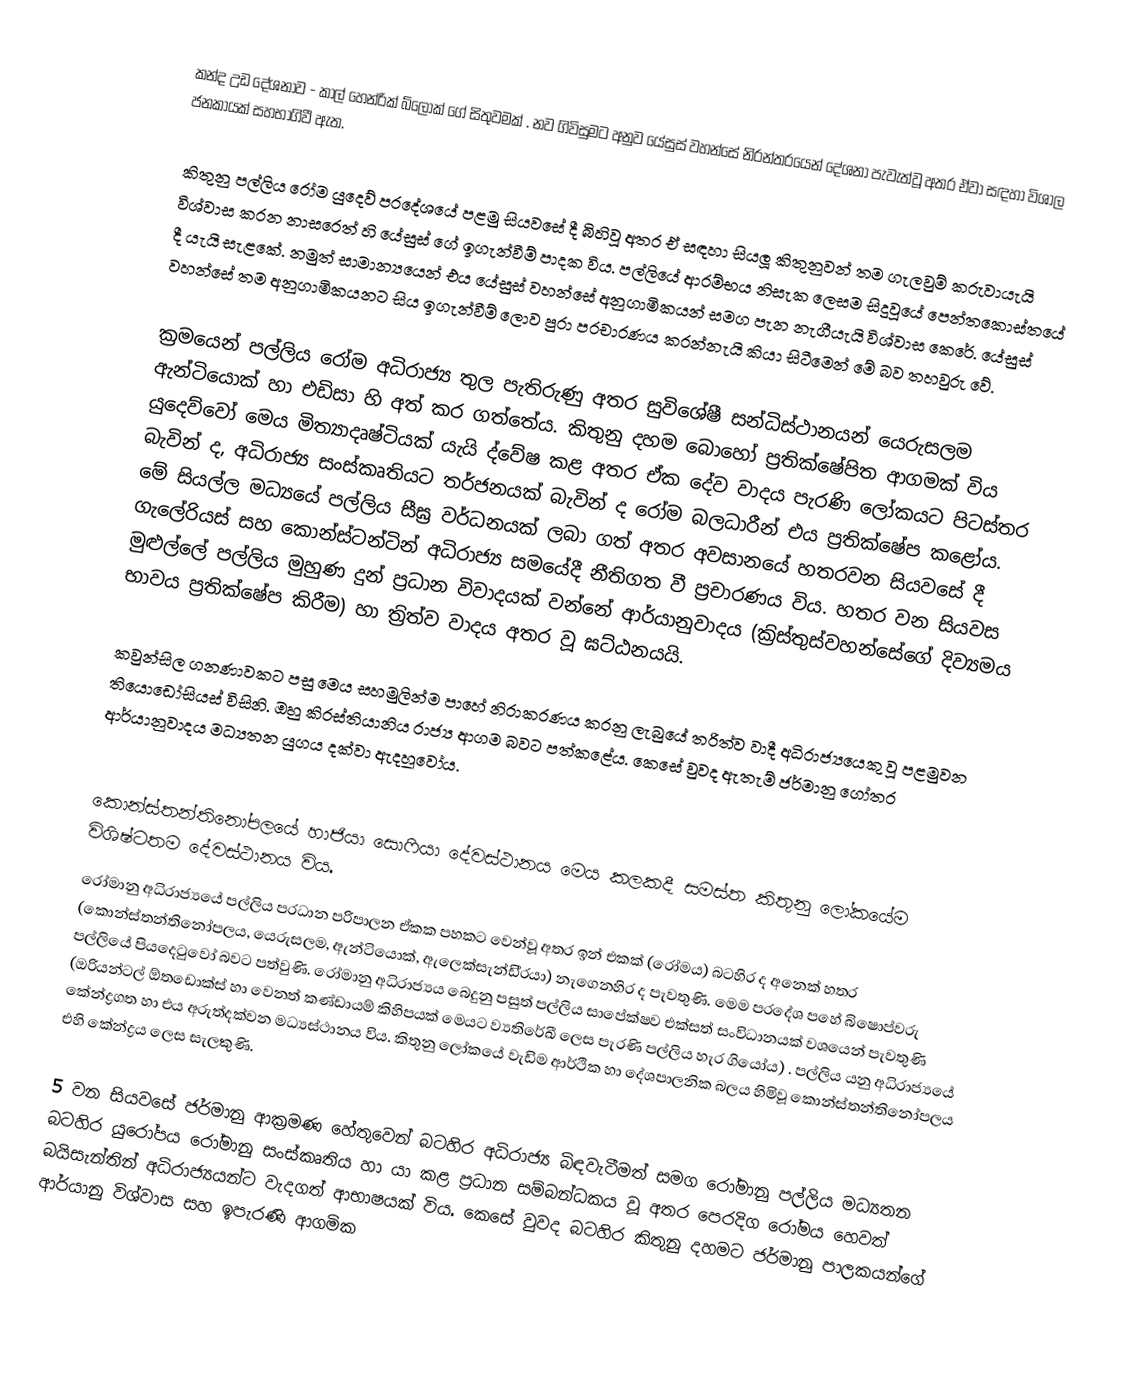
කන්ද උඩ දේශනාව - කාල් හෙන්රික් බ්ලොක් ගේ සිතුවමක් . නව ගිවිසුමට අනුව යේසුස් වහන්සේ නිරන්තරයෙන් දේශනා පැවැත්වූ අතර ඒවා සඳහා විශාල ජනකායක් සහභාගිවී ඇත.

කිතුනු පල්ලිය රෝම යුදෙව් ප‍්‍රදේශයේ පළමු සියවසේ දී බිහිවූ අතර ඒ සඳහා සියලූ කිතුනුවන් තම ගැලවුම් කරුවායැයි විශ්වාස කරන නාසරෙත් හි යේසුස් ගේ ඉගැන්වීම් පාදක විය. පල්ලියේ ආරම්භය නිසැක ලෙසම සිදුවූයේ පෙන්තකොස්තයේ දී යැයි සැළකේ. නමුත් සාමාන්‍යයෙන් එය යේසුස් වහන්සේ අනුගාමිකයන් සමග පැන නැගීයැයි විශ්වාස කෙරේ. යේසුස් වහන්සේ තම අනුගාමිකයනට සිය ඉගැන්වීම් ලොව පුරා ප‍්‍රචාරණය කරන්නැයි කියා සිටීමෙන් මේ බව තහවුරු වේ.

ක‍්‍රමයෙන් පල්ලිය රෝම අධිරාජ්‍ය තුල පැතිරුණු අතර සුවිශේෂී සන්ධිස්ථානයන් යෙරුසලම ඇන්ටියොක් හා එඩිසා හි අත් කර ගත්තේය. කිතුනු දහම බොහෝ ප‍්‍රතික්ෂේපිත ආගමක් විය යුදෙව්වෝ මෙය මිත්‍යාදෘෂ්ටියක් යැයි ද්වේෂ කළ අතර ඒක දේව වාදය පැරණි ලෝකයට පිටස්තර බැවින් ද, අධිරාජ්‍ය සංස්කෘතියට තර්ජනයක් බැවින් ද රෝම බලධාරීන් එය ප‍්‍රතික්ෂේප කළෝය. මේ සියල්ල මධ්‍යයේ පල්ලිය සීඝ‍්‍ර වර්ධනයක් ලබා ගත් අතර අවසානයේ හතරවන සියවසේ දී ගැලේරියස් සහ කොන්ස්ටන්ටින් අධිරාජ්‍ය සමයේදී නීතිගත වී ප‍්‍රචාරණය විය. හතර වන සියවස මුළුල්ලේ පල්ලිය මුහුණ දුන් ප‍්‍රධාන විවාදයක් වන්නේ ආර්යානුවාදය (ක‍්‍රිස්තුස්වහන්සේගේ දිව්‍යමය භාවය ප‍්‍රතික්ෂේප කිරීම) හා ත‍්‍රිත්ව වාදය අතර වූ ඝට්ඨනයයි.

කවුන්සිල ගනණාවකට පසු මෙය සහමුලින්ම පාහේ නිරාකරණය කරනු ලැබුයේ ත‍්‍රිත්ව වාදී අධිරාජ්‍යයෙකු වූ පළමුවන තියොඩෝසියස් විසිනි. ඔහු කි‍්‍රස්තියානිය රාජ්‍ය ආගම බවට පත්කළේය. කෙසේ වුවද ඇතැම් ජර්මානු ගෝත‍්‍ර ආර්යානුවාදය මධ්‍යතන යුගය දක්වා ඇදහූවෝය.

කොන්ස්තන්තිනෝපලයේ හාජියා සොෆියා දේවස්ථානය මෙය කලකදී සමස්ත කිතුනු ලෝකයේම විශිෂ්ටතම දේවස්ථානය විය.
රෝමානු අධිරාජ්‍යයේ පල්ලිය ප‍්‍රධාන පරිපාලන ඒකක පහකට වෙන්වූ අතර ඉන් එකක් (රෝමය) බටහිර ද අනෙක් හතර (කොන්ස්තන්තිනෝපලය, යෙරුසලම, ඇන්ටියොක්, ඇලෙක්සැන්ඩි‍්‍රයා) නැගෙනහිර ද පැවතුණි. මෙම ප‍්‍රදේශ පහේ බිෂොප්වරු පල්ලියේ පියදෙටුවෝ බවට පත්වුණි. රෝමානු අධිරාජ්‍යය බෙදුනු පසුත් පල්ලිය සාපේක්ෂව එක්සත් සංවිධානයක් වශයෙන් පැවතුණි (ඔරියන්ටල්  ඕතඩොක්ස් හා වෙනත් කණ්ඩායම් කිහිපයක් මෙයට ව්‍යතිරේඛී ලෙස පැරණි පල්ලිය හැර ගියෝය) . පල්ලිය යනු අධිරාජ්‍යයේ කේන්ද්‍රගත හා එය අරුත්දක්වන මධ්‍යස්ථානය විය. කිතුනු ලෝකයේ වැඩිම ආර්ථික හා දේශපාලනික බලය හිමිවූ කොන්ස්තන්තිනෝපලය එහි කේන්ද්‍රය ලෙස සැලකුණි.

5 වන සියවසේ ජර්මානු ආක‍්‍රමණ හේතුවෙන් බටහිර අධිරාජ්‍ය බිඳවැටීමත් සමග රෝමානු පල්ලිය මධ්‍යතන බටහිර යුරෝපය රෝමානු සංස්කෘතිය හා යා කළ ප‍්‍රධාන සම්බන්ධකය වූ අතර පෙරදිග රෝමය හෙවත් බයිසැන්තින් අධිරාජ්‍යයන්ට වැදගත් ආභාෂයක් විය. කෙසේ වුවද බටහිර කිතුනු දහමට ජර්මානු පාලකයන්ගේ ආර්යානු විශ්වාස සහ ඉපැරණි ආගමික